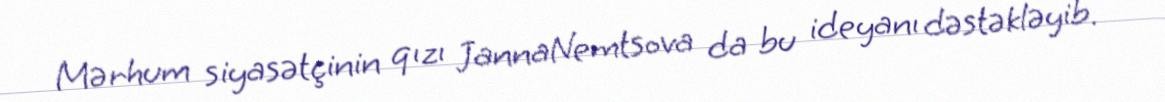
Mərhum siyasətçinin qızı JannaNemtsova da bu ideyanı dəstəkləyib.